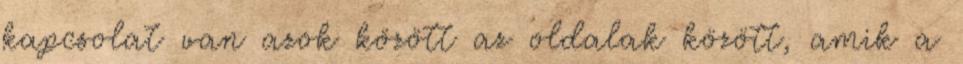
kapcsolat van azok között az oldalak között, amik a